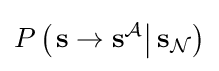
P\left(\left.\mathbf {s} \rightarrow \mathbf {s} ^{\mathcal {A}}\right|\mathbf {s} _{\mathcal {N}}\right)